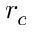
r _ { c }